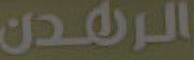
الرهدن